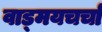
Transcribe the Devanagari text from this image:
वाड्मयचर्चा